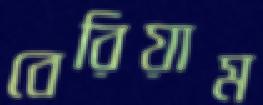
বেরিয়াম